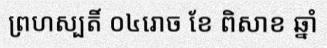
ព្រហស្បតិ៍ ០៤រោច ខែ ពិសាខ ឆ្នាំ